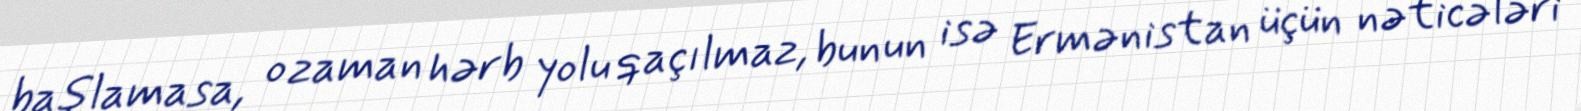
başlamasa, o zaman hərb yolu qaçılmaz, bunun isə Ermənistan üçün nəticələri